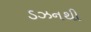
ડઝનથી